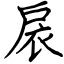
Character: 扆